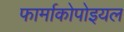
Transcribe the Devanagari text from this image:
फार्माकोपोइयल